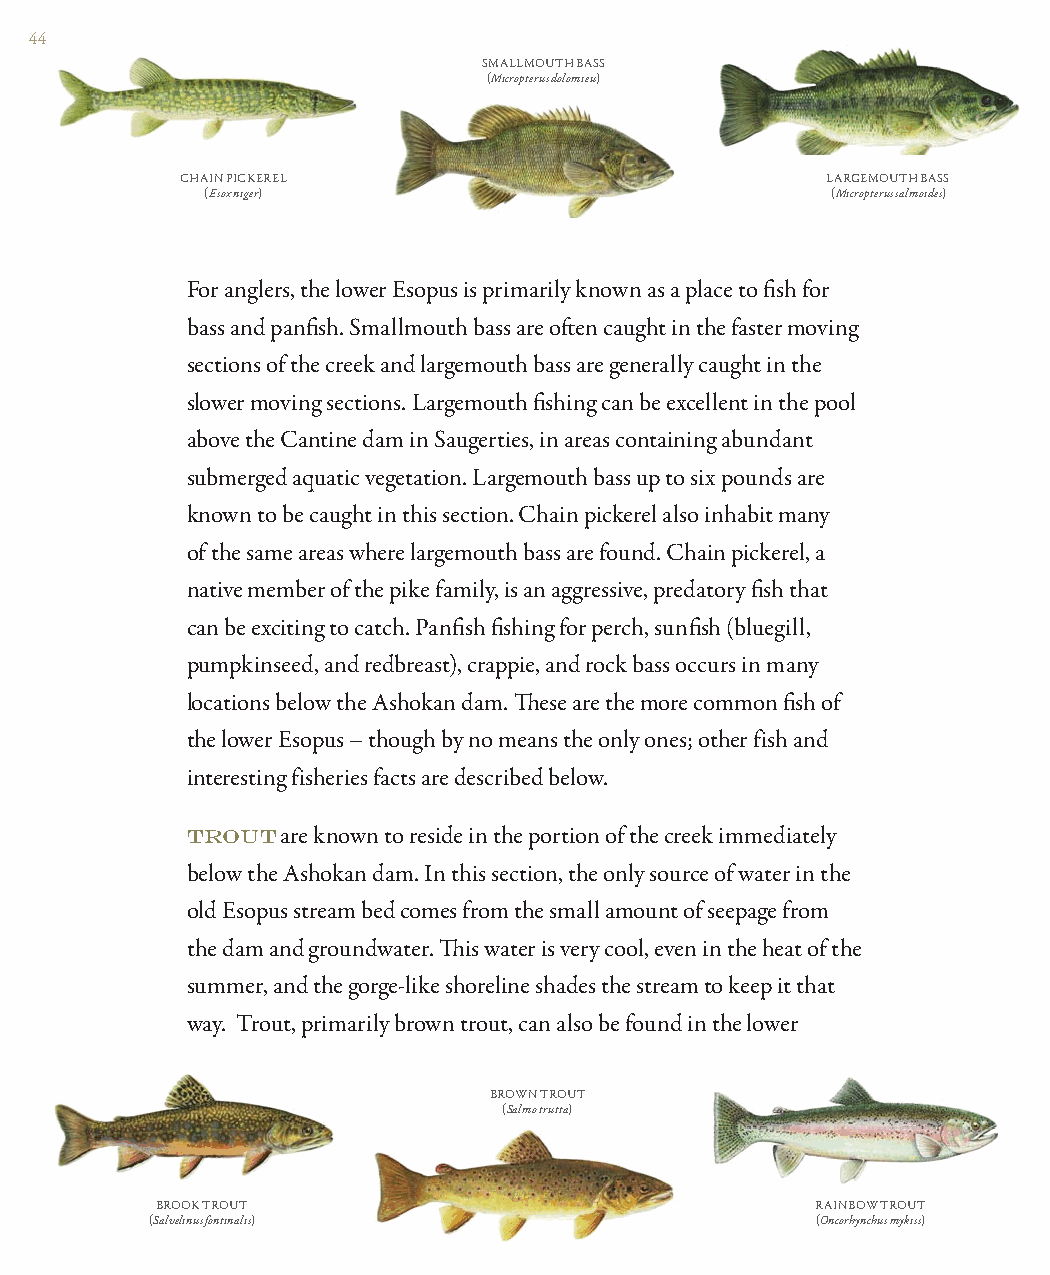
44
 SMALLMOUTH BASS
 (Micropterus dolomieu)
 CHAIN PICKEREL                             LARGEMOUTH BASS
 (Esox niger)                             (Micropterus salmoides)
 For anglers, the lower Esopus is primarily known as a place to fi sh for
 bass and panfi sh. Smallmouth bass are oft en caught in the faster moving
 sections of the creek and largemouth bass are generally caught in the
 slower moving sections. Largemouth fi shing can be excellent in the pool
 above the Cantine dam in Saugerties, in areas containing abundant
 submerged aquatic vegetation. Largemouth bass up to six pounds are
 known to be caught in this section. Chain pickerel also inhabit many
 of the same areas where largemouth bass are found. Chain pickerel, a
 native member of the pike family, is an aggressive, predatory fi sh that
 can be exciting to catch. Panfi sh fi shing for perch, sunfi sh (bluegill,
 pumpkinseed, and redbreast), crappie, and rock bass occurs in many
 locations below the Ashokan dam. Th ese are the more common fi sh of
 the lower Esopus – though by no means the only ones; other fish and
 interesting fisheries facts are described below.
 TROUT  are known to reside in the portion of the creek immediately
 below the Ashokan dam. In this section, the only source of water in the
 old Esopus stream bed comes from the small amount of seepage from
 the dam and groundwater. Th is water is very cool, even in the heat of the
 summer, and the gorge-like shoreline shades the stream to keep it that
 way. Trout, primarily brown trout, can also be found in the lower
 BROWN TROUT
 (Salmo trutta)
 BROOK TROUT                                 RAINBOW TROUT
 (Salvelinus fontinalis)                     (Oncorhynchus mykiss)